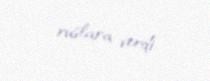
ruslara verdi.